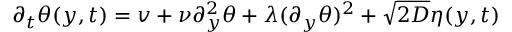
\partial _ { t } \theta ( y , t ) = v + \nu \partial _ { y } ^ { 2 } \theta + \lambda ( \partial _ { y } \theta ) ^ { 2 } + \sqrt { 2 D } \eta ( y , t )